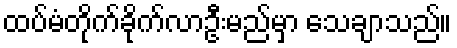
ထပ်မံတိုက်ခိုက်လာဦးမည်မှာ သေချာသည်။